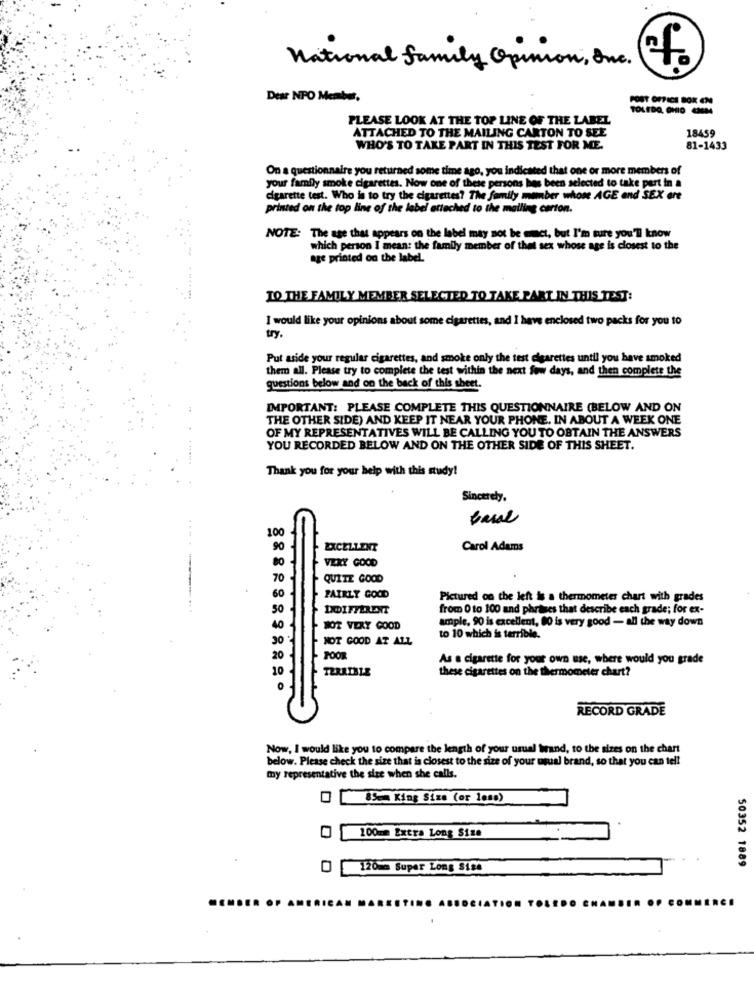
National family Opinion , Inc .
Desc NPO Member,
POST OFFICE BOK EN
TOLEDO, OHIO CHEMA
PLEASE LOOK AT THE TOP LINE OF THE LABEL
ATTACHED TO THE MAILING CARTON TO SEE
18459
WHO'S TO TAKE PART IN THIS TEST FOR ME.
81-1433
On a questionnaire you returned some time ago, you indicated that one or more members of
your family smoke cigarettes. Now one of these persons has been selected to take part in a
cigarette test. Who is to try the cigarettes? The family member whose AGE end SEX ere
printed on the top line of the label attached to the mailing carton.
NOTE: The age that appears on the label may not be mct, but I'm sure you'll know
which person I mean: the family member of that sex whose age is closest to the
age printed on the label.
TO THE FAMILY MEMBER SELECTED TO TAKE PART IN THIS TEST:
I would like your opinions about some cigarettes, and I have enclosed two packs for you to
try.
Put aside your regular cigarettes, and smoke only the test cigarettes until you have smoked
them all. Please try to complete the test within the next few days, and then complete the
questions below and on the back of this sheet.
IMPORTANT: PLEASE COMPLETE THIS QUESTIONNAIRE (BELOW AND ON
THE OTHER SIDE) AND KEEP IT NEAR YOUR PHONE. IN ABOUT A WEEK ONE
OF MY REPRESENTATIVES WILL BE CALLING YOU TO OBTAIN THE ANSWERS
YOU RECORDED BELOW AND ON THE OTHER SIDE OF THIS SHEET.
Thank you for your help with this study!
Sincerely,
base
100
EXCELLENT
Carol Adams
VERY GOOD
QUITE GOOD
FAIRLY GOOD
Pictured on the left is a thermometer chart with grades
DDIFFERENT
from 0 to 100 and phrases that describe each grade; for ex-
ample, 90 is excellent, 00 is very good - all the way down
NOT VERY GOOD
NOT GOOD AT ALL
to 10 which is terrible.
20
POOR
As a cigarette for your own use, where would you grade
10
TERRIBLE
these cigarettes on the thermometer chart?
RECORD GRADE
Now, I would like you to compare the length of your usual Wwand, to the sizes on the chart
below. Please check the size that is closest to the size of your usual brand, so that you can tell
my representative the size when she calls.
OB King Size (or less)
100mm Extra Long Size
120 m Super Long 8124
50352 1889